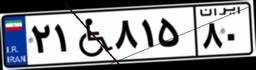
۶۱W۰۲۲۵۷